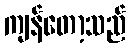
ကျန်တော့သည်